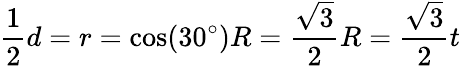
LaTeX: {\frac{1}{2}}d=r=\cos(30^{\circ})R={\frac{\sqrt{3}}{2}}R={\frac{\sqrt{3}}{2}}t